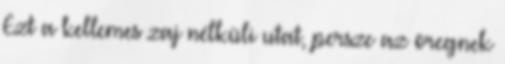
Ezt a kellemes zaj nélküli utat, persze az öregnek